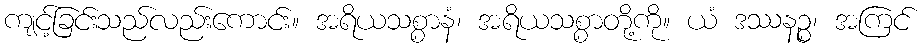
ကျင့်ခြင်းသည်လည်းကောင်း။ အရိယသစ္စာနံ၊ အရိယသစ္စာတို့ကို။ ယံ ဒဿနဉ္စ၊ အကြင်